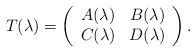
\begin{align*}T(\lambda) = \left( \begin{array}{cc}A(\lambda) & B(\lambda) \\C(\lambda) & D(\lambda)\end{array}\right).\end{align*}